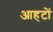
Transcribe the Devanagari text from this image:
आहटों